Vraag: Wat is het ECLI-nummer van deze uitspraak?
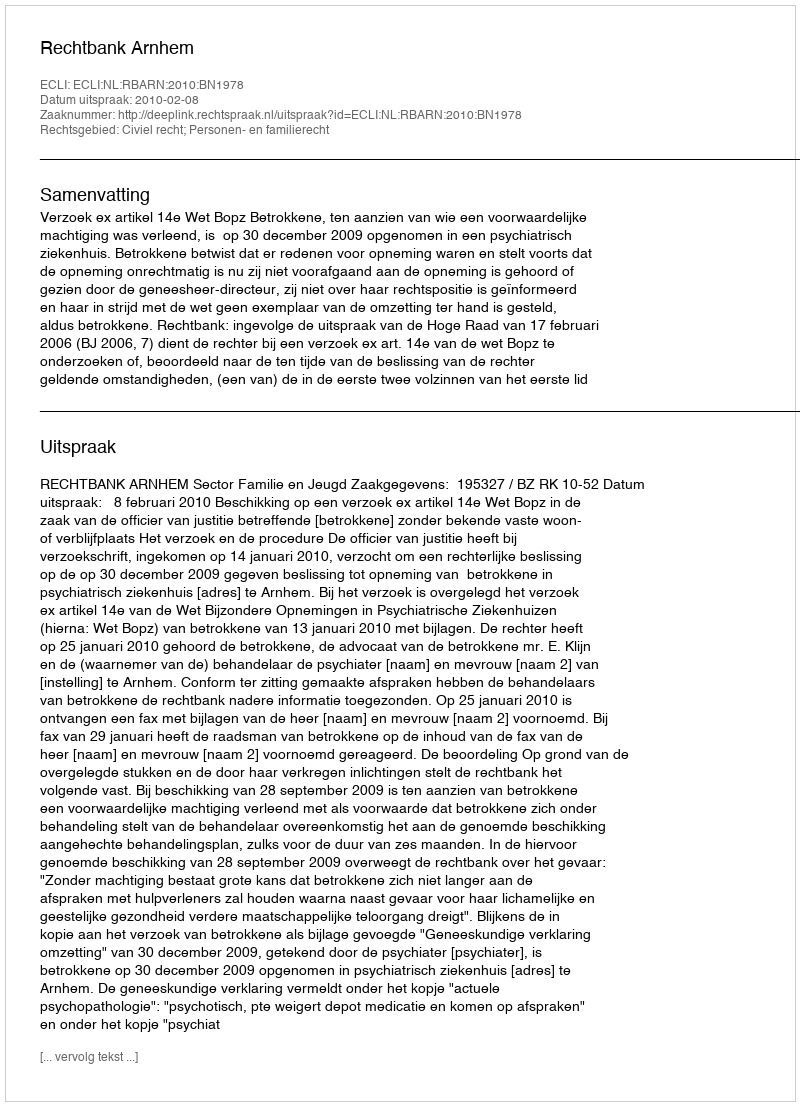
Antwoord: ECLI:NL:RBARN:2010:BN1978